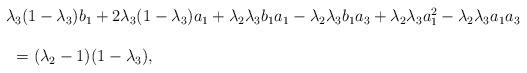
LaTeX: \begin{align*}\begin{array}{lll} && \lambda_3(1-\lambda_3)b_1+2\lambda_3(1-\lambda_3)a_1+\lambda_2\lambda_3b_1a_1-\lambda_2\lambda_3b_1a_3+\lambda_2\lambda_3a_1^2-\lambda_2\lambda_3a_1a_3\ \\\\&&\ \ =(\lambda_2-1)(1-\lambda_3),\end{array}\end{align*}